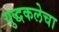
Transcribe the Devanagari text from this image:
युद्धकलेचा